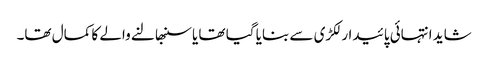
شاید انتہائی پائیدار لکڑی سے بنایا گیا تھا یا سنبھالنے والے کا کمال تھا۔